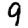
Digit: 9